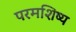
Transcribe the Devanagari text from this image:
परमशिष्य